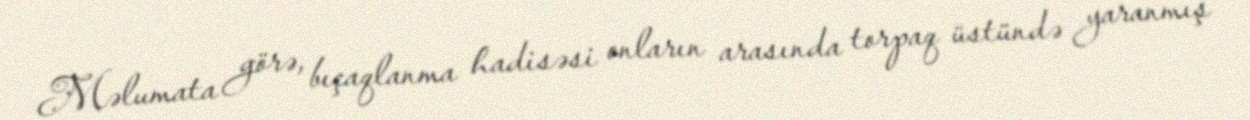
Məlumata görə, bıçaqlanma hadisəsi onların arasında torpaq üstündə yaranmış